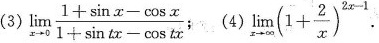
(3) $$\lim _ { x \rightarrow 0 } \frac { 1 + \sin x - \cos x } { 1 + \sin t x - \cos t x }$$ ; (4) $$\lim _ { x \rightarrow \infty } ( 1 + \frac { 2 } { x } ) ^ { 2 x - 1 }$$ .